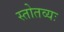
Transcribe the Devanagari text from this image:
स्तोतव्यः